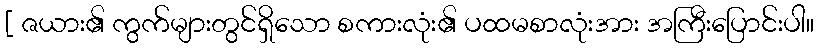
[ ဇယား၏ ကွက်များတွင်ရှိသော စကားလုံး၏ ပထမစာလုံးအား အကြီးပြောင်းပါ။